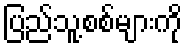
ပြည်သူ့စစ်များကို